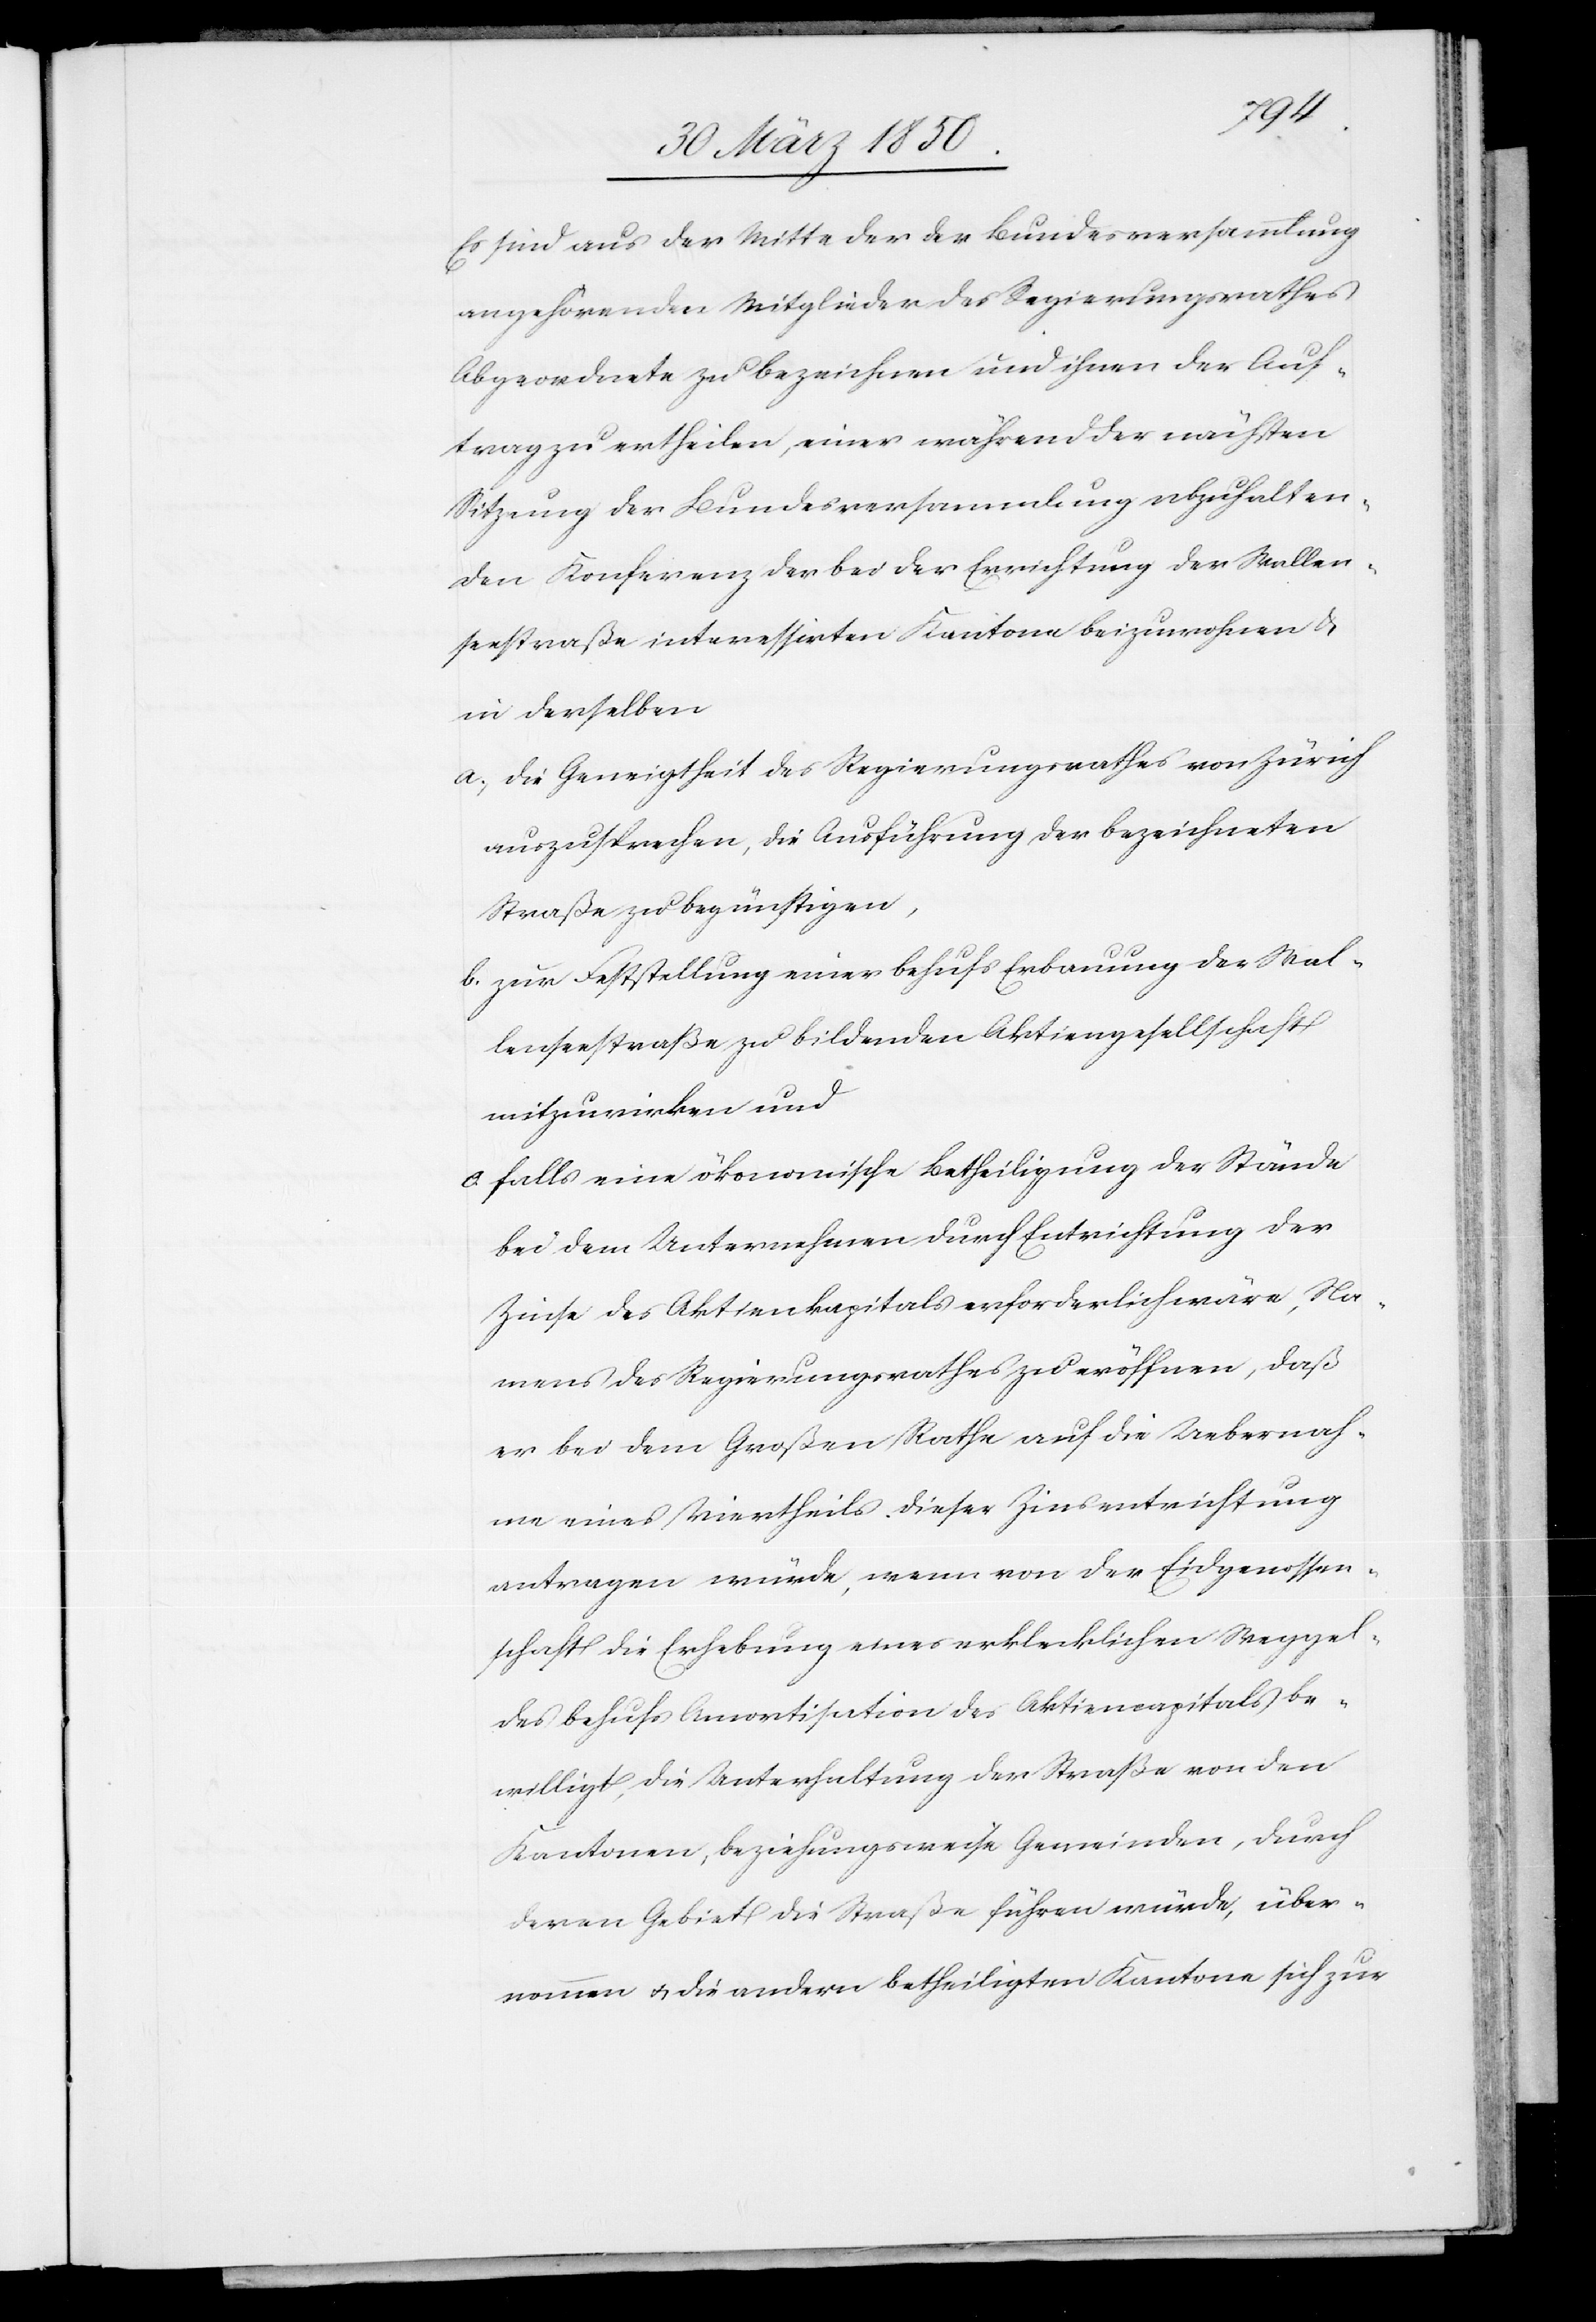
Es sind aus der Mitte der der Bundesversammlung
angehörenden Mitglieder des Regierungsrathes
Abgeordnete zu bezeichnen und ihnen der Auf¬
trag zu ertheilen, einer während der nächsten
Sitzung der Bundesversammlung abzuhalten¬
den Konferenz der bei der Errichtung der Wallen¬
seestraße interessirten Kantone beizuwohnen u.
in derselben
a. die Geneigtheit des Regierungsrathes von Zürich
auszusprechen, die Ausführung der bezeichneten
Straße zu begünstigen,
b. zur Feststellung einer behufs Erbauung der Wal¬
lenseestraße zu bildenden Aktiengesellschaft
mitzuwirken und
c. falls eine ökonomische Betheiligung der Stände
bei dem Unternehmen durch Entrichtung der
Zinse des Aktienkapitals erforderlich wäre, Na¬
mens des Regierungsrathes zu eröffnen, daß
er bei dem Großen Rathe auf die Uebernah¬
me eines Viertheils Dieser Zinsentrichtung
antragen würde, wenn von der Eidgenossen¬
schaft die Erhebung eines erklecklichen Weggel¬
des behufs Amortisation des Aktiencapitals be¬
willigt, die Unterhaltung der Straße von den
Kantonen, beziehungsweise Gemeinden, durch
deren Gebiet die Straße führen würde, über¬
nommen u. die andern betheiligten Kantone sich zur